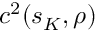
c ^ { 2 } ( s _ { K } , \rho )